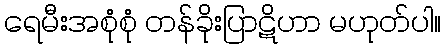
ရေမီးအစုံစုံ တန်ခိုးပြာဋိဟာ မဟုတ်ပါ။